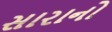
સારાનો